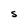
Character: S